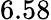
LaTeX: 6.58